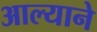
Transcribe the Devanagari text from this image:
आल्‍याने